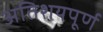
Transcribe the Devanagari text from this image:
अतिशयपूर्ण